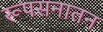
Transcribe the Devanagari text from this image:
रूपसनातन